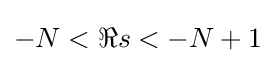
-N<\Re s<-N+1